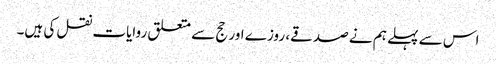
اس سے پہلے ہم نے صدقے، روزے اور حج سے متعلق روایات نقل کی ہیں۔